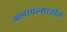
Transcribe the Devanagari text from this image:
आपापल्यातील